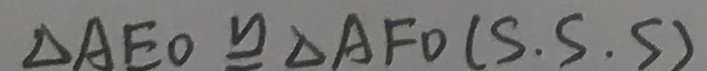
\Delta A E O \cong \Delta A F O ( S . S . S )